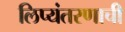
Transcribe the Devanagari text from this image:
लिप्यंतरणाची